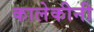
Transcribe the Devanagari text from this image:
कालेकीनी